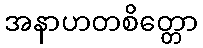
အနာဟတစိတ္တော